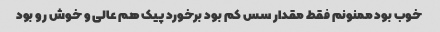
خوب بود ممنونم فقط مقدار سس کم بود برخورد پیک هم عالی و خوش رو بود